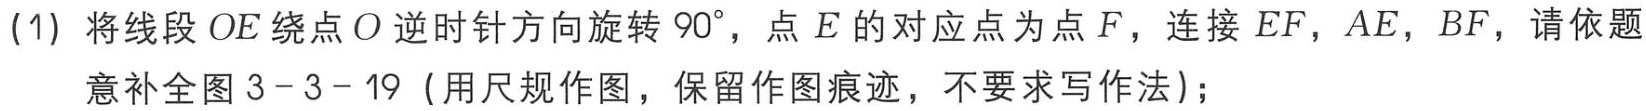
(1) 将线段 \(OE\) 绕点 \(O\) 逆时针方向旋转 \(90^{\circ}\)，点 \(E\) 的对应点为点 \(F\)，连接 \(EF\)，\(AE\)，\(BF\)，请依题

意补全图 \(3 - 3 - 19\)（用尺规作图，保留作图痕迹，不要求写作法）；